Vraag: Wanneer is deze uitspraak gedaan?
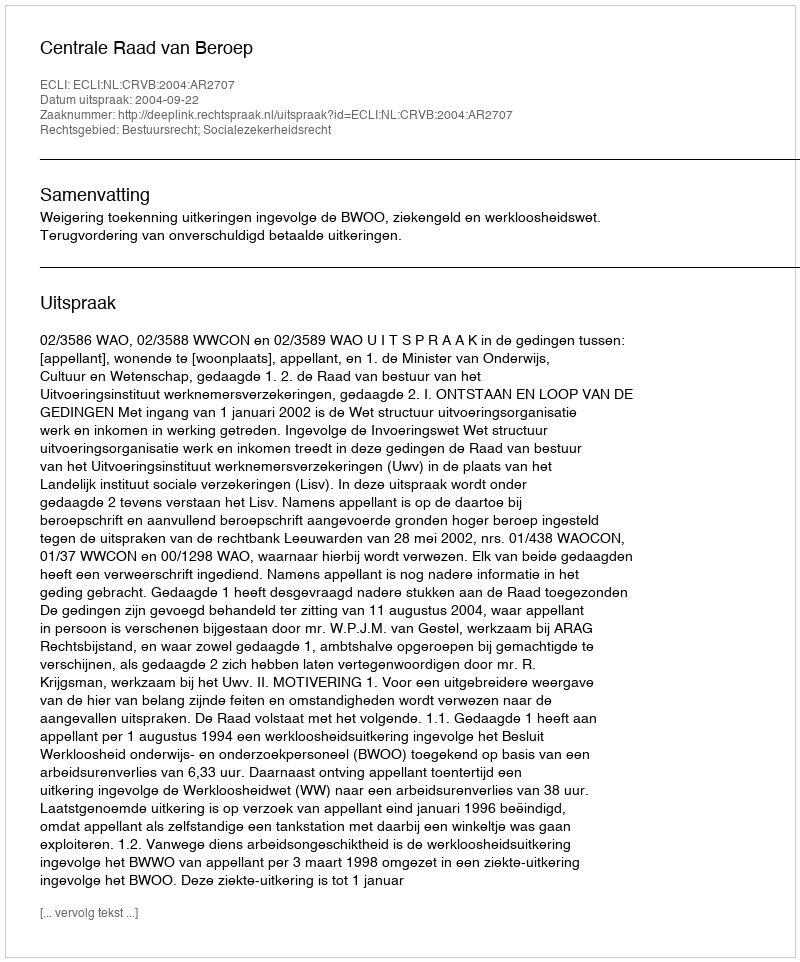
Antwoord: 2004-09-22